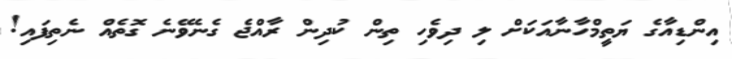
އިންޑިއާގެ ޔަތީމްހާނާއަކަށް ލި ދިވެހި ތިން ކުދިން ރާއްޖެ ގެނެވޭނެ ގޮތެއް ނެތިފައި!